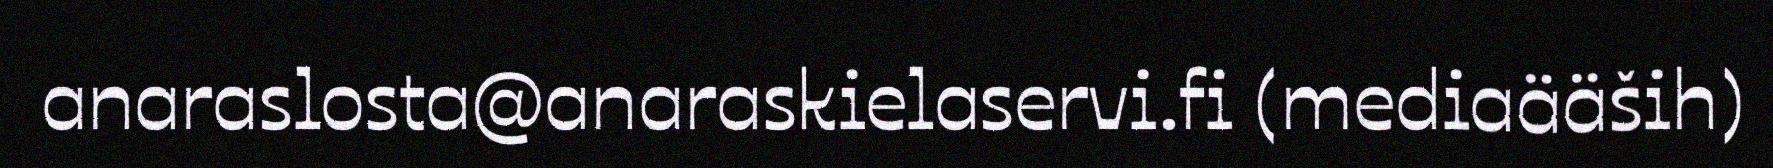
anaraslosta@anaraskielaservi.fi (mediaääših)